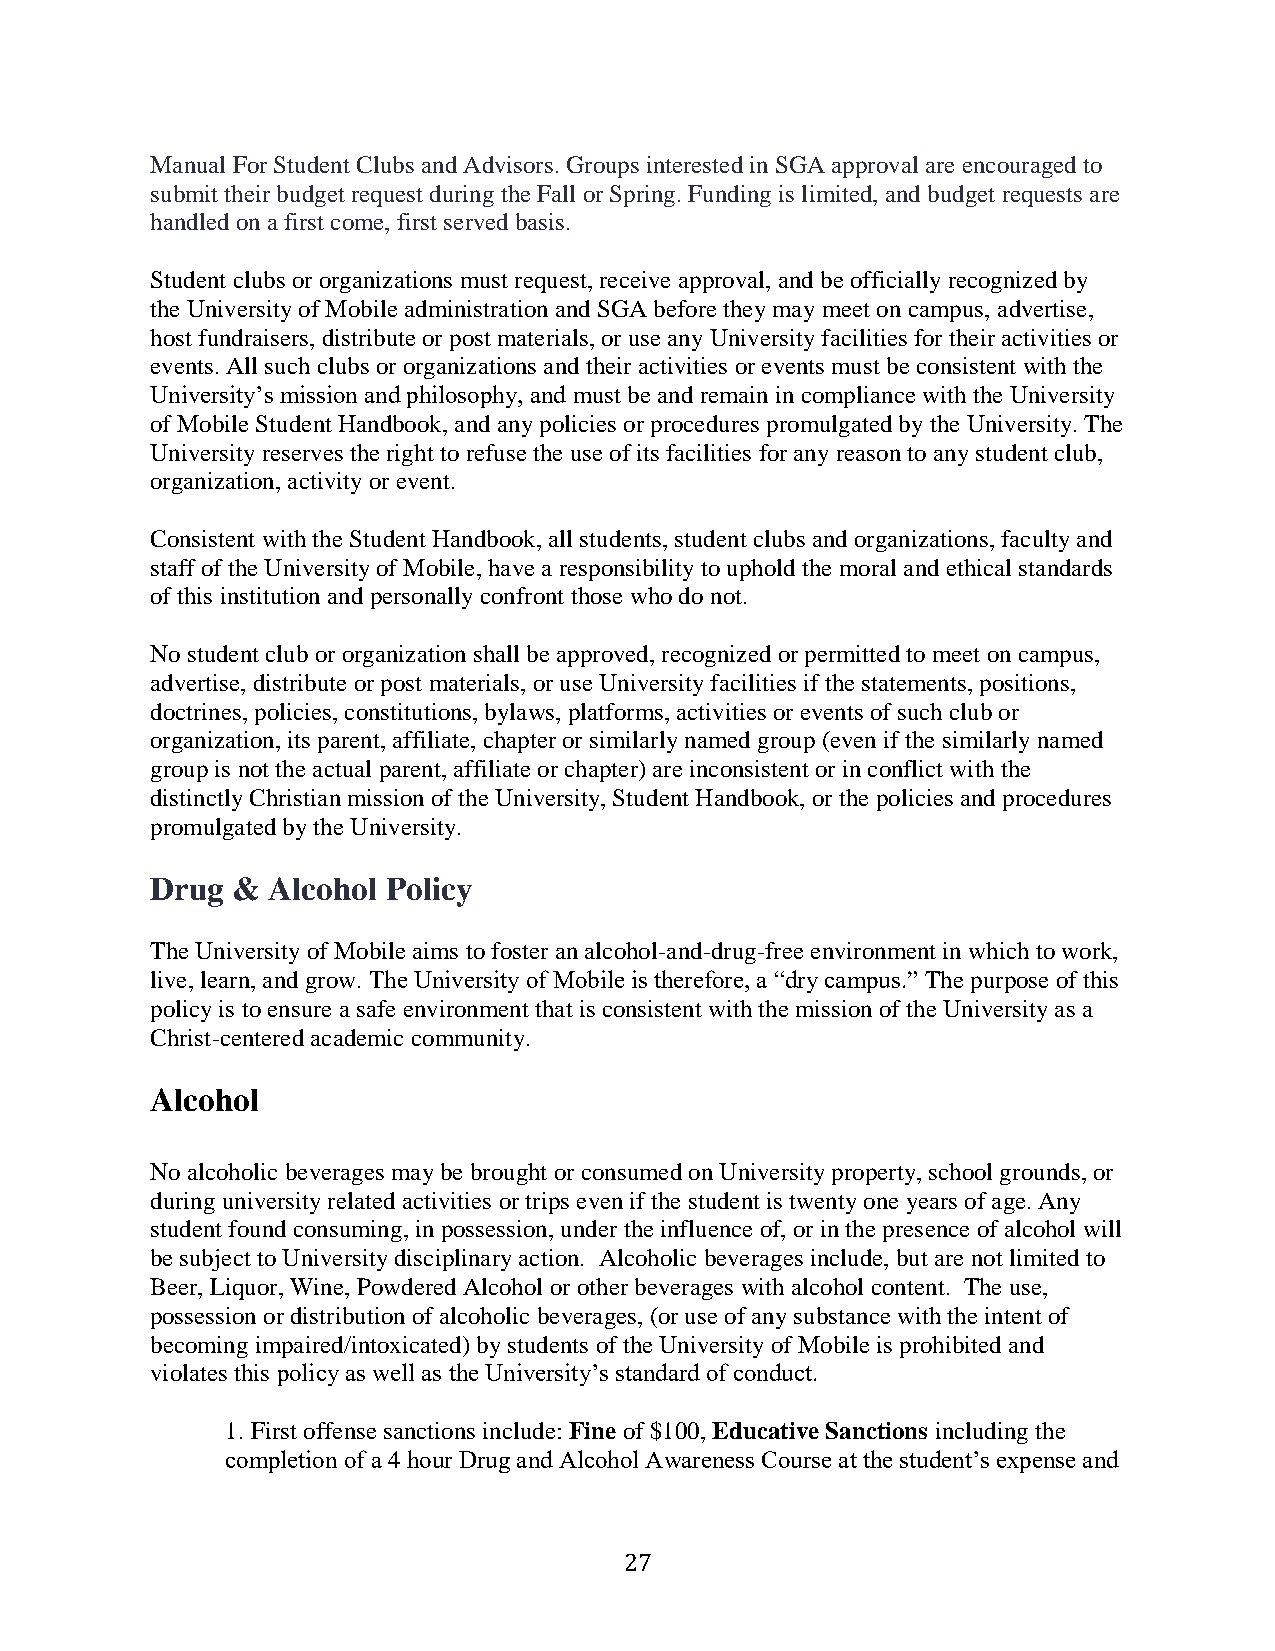
Manual For Student Clubs and Advisors. Groups interested in SGA approval are encouraged to
 submit their budget request during the Fall or Spring. Funding is limited, and budget requests are
 handled on a first come, first served basis.
 Student clubs or organizations must request, receive approval, and be officially recognized by
 the University of Mobile administration and SGA before they may meet on campus, advertise,
 host fundraisers, distribute or post materials, or use any University facilities for their activities or
 events. All such clubs or organizations and their activities or events must be consistent with the
 University’s mission and philosophy, and must be and remain in compliance with the University
 of Mobile Student Handbook, and any policies or procedures promulgated by the University. The
 University reserves the right to refuse the use of its facilities for any reason to any student club,
 organization, activity or event.
 Consistent with the Student Handbook, all students, student clubs and organizations, faculty and
 staff of the University of Mobile, have a responsibility to uphold the moral and ethical standards
 of this institution and personally confront those who do not.
 No student club or organization shall be approved, recognized or permitted to meet on campus,
 advertise, distribute or post materials, or use University facilities if the statements, positions,
 doctrines, policies, constitutions, bylaws, platforms, activities or events of such club or
 organization, its parent, affiliate, chapter or similarly named group (even if the similarly named
 group is not the actual parent, affiliate or chapter) are inconsistent or in conflict with the
 distinctly Christian mission of the University, Student Handbook, or the policies and procedures
 promulgated by the University.
 Drug &  Alcohol Policy
 The University of Mobile aims to foster an alcohol-and-drug-free environment in which to work,
 live, learn, and grow. The University of Mobile is therefore, a “dry campus.” The purpose of this
 policy is to ensure a safe environment that is consistent with the mission of the University as a
 Christ-centered academic community.
 Alcohol
 No alcoholic beverages may be brought or consumed on University property, school grounds, or
 during university related activities or trips even if the student is twenty one years of age. Any
 student found consuming, in possession, under the influence of, or in the presence of alcohol will
 be subject to University disciplinary action. Alcoholic beverages include, but are not limited to
 Beer, Liquor, Wine, Powdered Alcohol or other beverages with alcohol content. The use,
 possession or distribution of alcoholic beverages, (or use of any substance with the intent of
 becoming impaired/intoxicated) by students of the University of Mobile is prohibited and
 violates this policy as well as the University’s standard of conduct.
 1. First offense sanctions include: Fine of $100, Educative Sanctions including the
 completion of a 4 hour Drug and Alcohol Awareness Course at the student’s expense and
 27